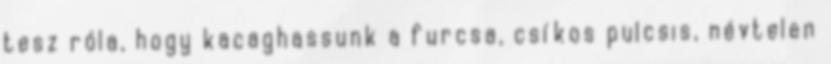
tesz róla, hogy kacaghassunk a furcsa, csíkos pulcsis, névtelen